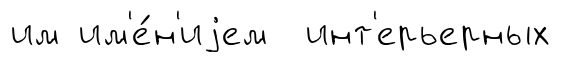
им им'е́н'иjем инт'ерьерных